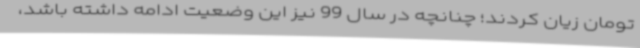
تومان زیان کردند؛ چنانچه در سال 99 نیز این وضعیت ادامه داشته باشد،